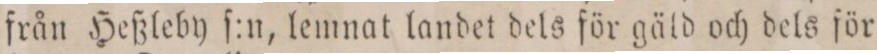
från Heßleby ſ:n, lemnat landet dels för gäld och dels för